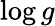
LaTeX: \log g